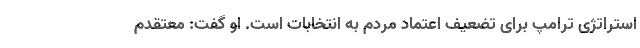
استراتژی ترامپ برای تضعیف اعتماد مردم به انتخابات است. او گفت: معتقدم